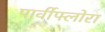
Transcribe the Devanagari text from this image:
पार्वीफ्लोरा